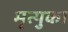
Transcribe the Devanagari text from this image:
मृत्युका